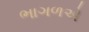
ભાગળએ